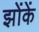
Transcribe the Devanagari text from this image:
झोंकें